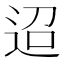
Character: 迢